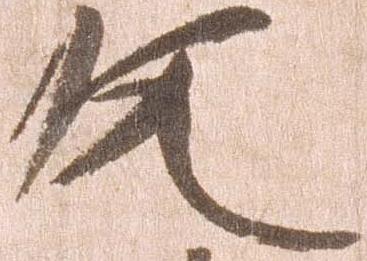
文